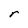
Character: r